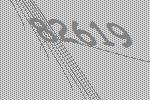
82619